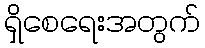
ရှိစေရေးအတွက်